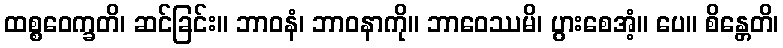
ထစ္စဝေက္ခတိ၊ ဆင်ခြင်း။ ဘာဝနံ၊ ဘာဝနာကို။ ဘာဝေဿမိ၊ ပွားစေအံ့။ ပေ။ စိန္တေတိ၊